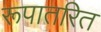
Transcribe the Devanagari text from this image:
रूपातरित